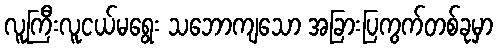
လူကြီးလူငယ်မရွေး သဘောကျသော အခြားပြကွက်တစ်ခုမှာ